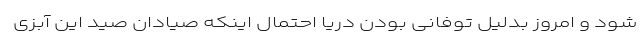
شود و امروز بدلیل توفانی بودن دریا احتمال اینکه صیادان صید این آبزی